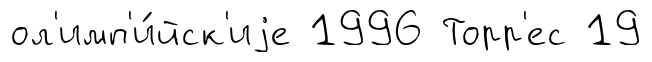
ол'имп'и́йск'иjе 1996 Торр'ес 19